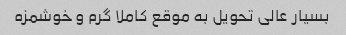
بسیار عالی تحویل به موقع کاملا گرم و خوشمزه